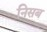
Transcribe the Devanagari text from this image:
निसब